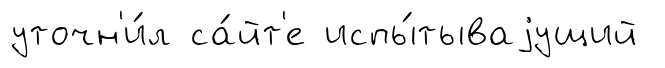
уточн'и́л са́йт'е испы́тываjущий